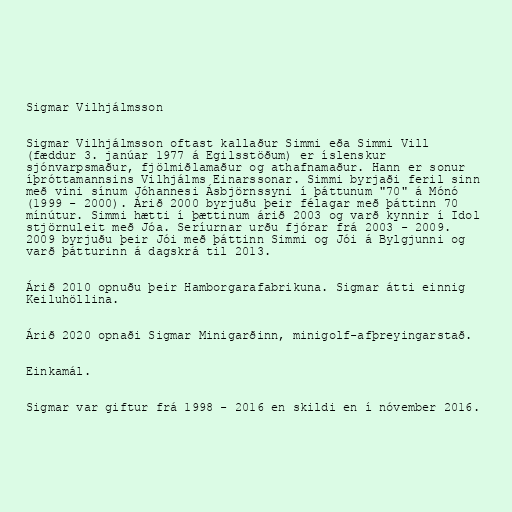
Sigmar Vilhjálmsson

Sigmar Vilhjálmsson oftast kallaður Simmi eða Simmi Vill
(fæddur 3. janúar 1977 á Egilsstöðum) er íslenskur
sjónvarpsmaður, fjölmiðlamaður og athafnamaður. Hann er sonur
íþróttamannsins Vilhjálms Einarssonar. Simmi byrjaði feril sinn
með vini sínum Jóhannesi Ásbjörnssyni í þáttunum "70" á Mónó
(1999 - 2000). Árið 2000 byrjuðu þeir félagar með þáttinn 70
mínútur. Simmi hætti í þættinum árið 2003 og varð kynnir í Idol
stjörnuleit með Jóa. Seríurnar urðu fjórar frá 2003 - 2009.
2009 byrjuðu þeir Jói með þáttinn Simmi og Jói á Bylgjunni og
varð þátturinn á dagskrá til 2013.

Árið 2010 opnuðu þeir Hamborgarafabrikuna. Sigmar átti einnig
Keiluhöllina.

Árið 2020 opnaði Sigmar Minigarðinn, minigolf-afþreyingarstað.

Einkamál.

Sigmar var giftur frá 1998 - 2016 en skildi en í nóvember 2016.